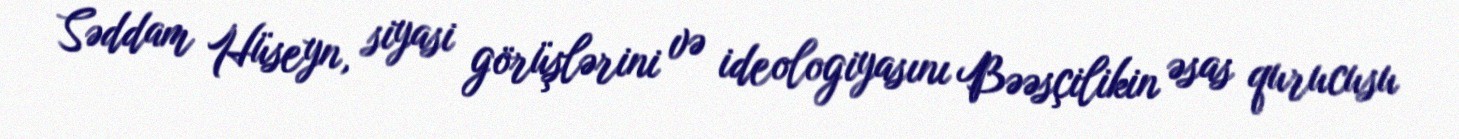
Səddam Hüseyn, siyasi görüşlərini və ideologiyasını Bəəsçilikin əsas qurucusu